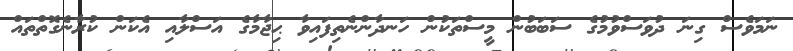
ނަމަވެސް ގިނަ ދުވަސްވުމުގެ ސަބަބުން މީސްތަކުން ހަނދާންނެތިފައިވާ ޙިޖާމާގެ އަސްލާއި އެކަން ކުރާނެގޮތްތައް